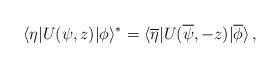
LaTeX: \begin{align*}\langle\eta|U(\psi,z)|\phi\rangle^\ast=\langle\overline\eta|U(\overline\psi,-z)|\overline\phi\rangle\,,\end{align*}